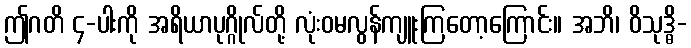
ဤဂတိ ၄-ပါးကို အရိယာပုဂ္ဂိုလ်တို့ လုံးဝမလွန်ကျူးကြတော့ကြောင်း။ အဘိ၊ ဝိသုဒ္ဓိ-